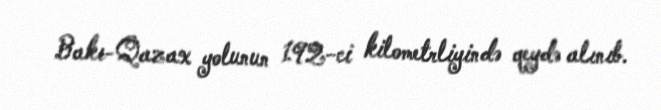
Bakı-Qazax yolunun 192-ci kilometrliyində qeydə alınıb.